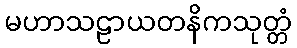
မဟာသဠာယတနိကသုတ္တံ